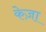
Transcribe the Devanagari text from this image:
केज़ा